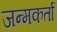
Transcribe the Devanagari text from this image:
जन्मकर्ता